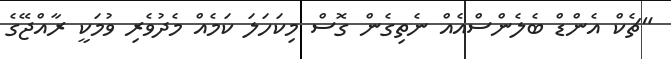
"ޗެކް އެންޑް ބެލެންސްއެއް ނެތިގެން ގޮސް މިކަހަލަ ކަމެއް މެދުވެރި ވުމަކީ ރާއްޖޭގެ